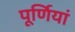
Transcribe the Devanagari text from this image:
पूर्णियां